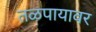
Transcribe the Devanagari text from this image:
तळपायावर